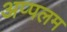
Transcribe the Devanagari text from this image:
अप्पलम